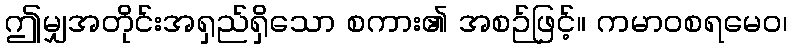
ဤမျှအတိုင်းအရှည်ရှိသော စကား၏ အစဉ်ဖြင့်။ ကမာဝစရမေဝ၊